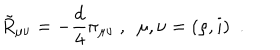
\tilde { R } _ { \mu \nu } = - { \frac { d } { 4 } } \pi _ { \mu \nu } ~ , ~ ~ \mu , \nu = ( \rho , i ) ~ ~ .